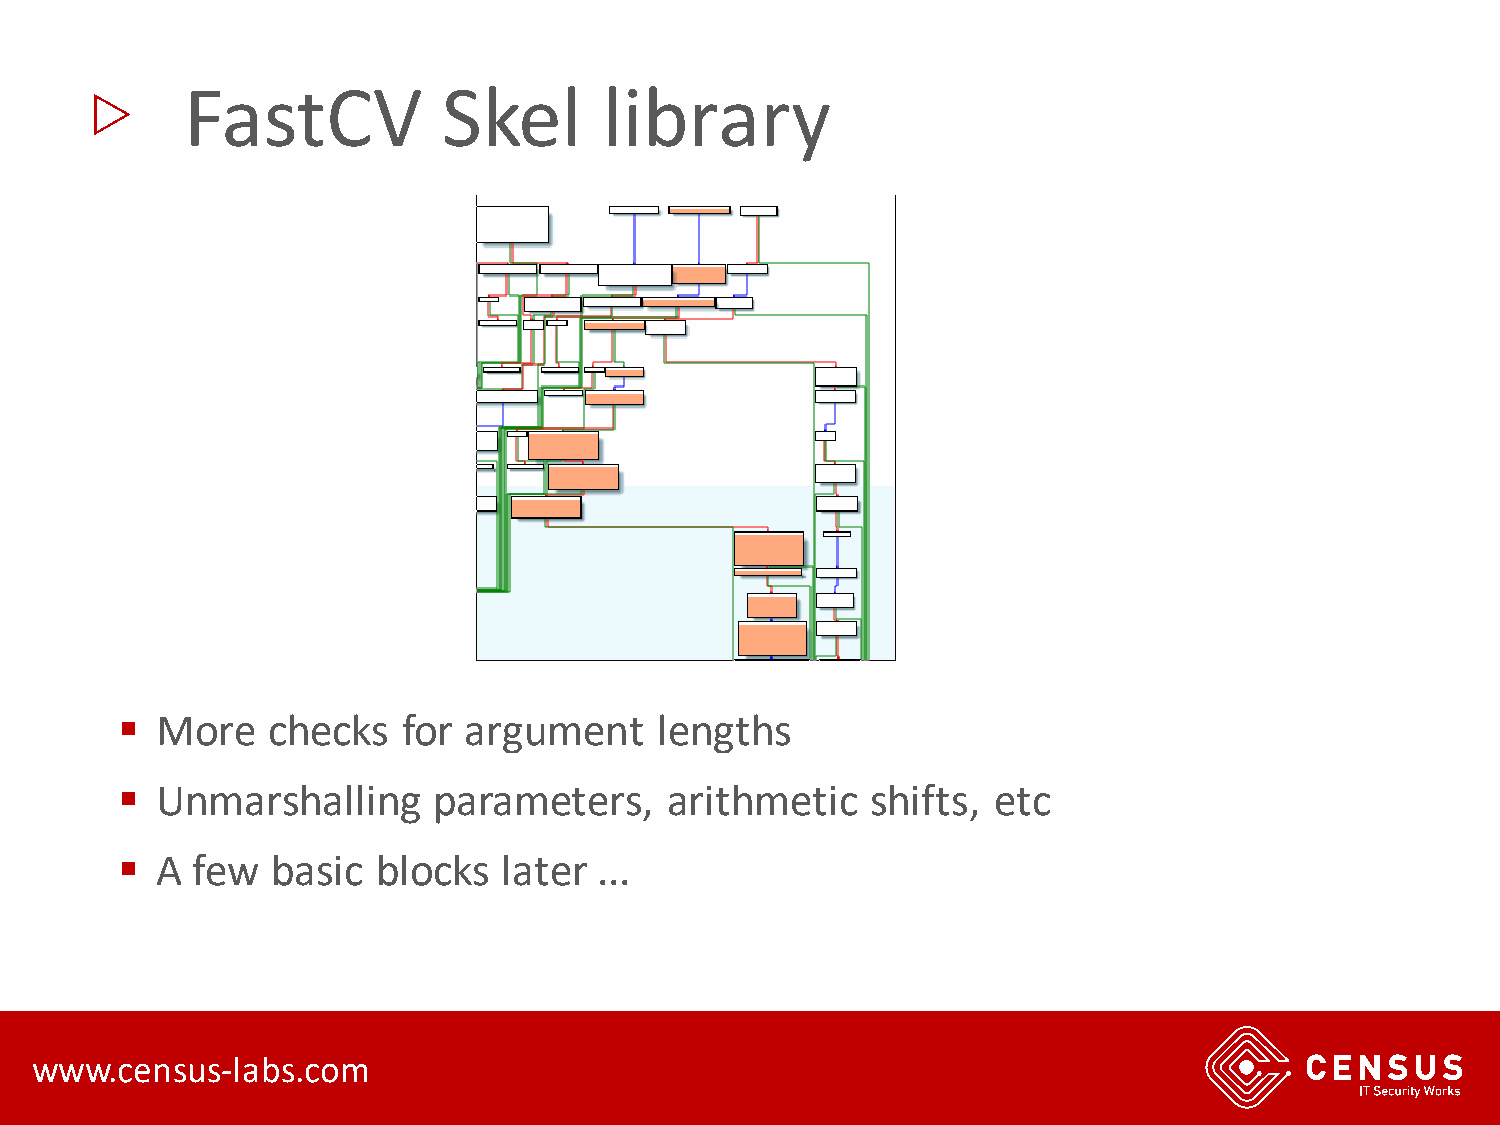
▷
 FastCV           Skel       library
 ▪ More    checks   for argument    lengths
 ▪ Unmarshalling      parameters,    arithmetic    shifts, etc
 ▪ A  few  basic  blocks  later  ...
 www.census-labs.com